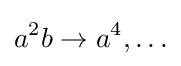
a^{2}b\to a^{4},\ldots